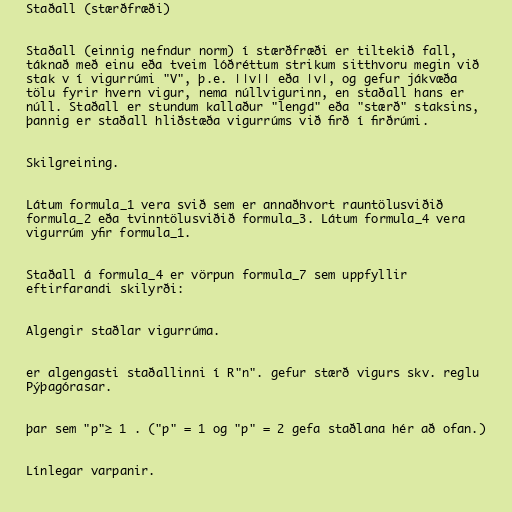
Staðall (stærðfræði)

Staðall (einnig nefndur norm) í stærðfræði er tiltekið fall,
táknað með einu eða tveim lóðréttum strikum sitthvoru megin við
stak v í vigurrúmi "V", þ.e. ||v|| eða |v|, og gefur jákvæða
tölu fyrir hvern vigur, nema núllvigurinn, en staðall hans er
núll. Staðall er stundum kallaður "lengd" eða "stærð" staksins,
þannig er staðall hliðstæða vigurrúms við firð í firðrúmi.

Skilgreining.

Látum formula_1 vera svið sem er annaðhvort rauntölusviðið
formula_2 eða tvinntölusviðið formula_3. Látum formula_4 vera
vigurrúm yfir formula_1.

Staðall á formula_4 er vörpun formula_7 sem uppfyllir
eftirfarandi skilyrði:

Algengir staðlar vigurrúma.

er algengasti staðallinni í R"n". gefur stærð vigurs skv. reglu
Pýþagórasar.

þar sem "p"≥ 1 . ("p" = 1 og "p" = 2 gefa staðlana hér að ofan.)

Línlegar varpanir.